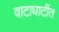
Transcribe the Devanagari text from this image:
वाटाघाटींत